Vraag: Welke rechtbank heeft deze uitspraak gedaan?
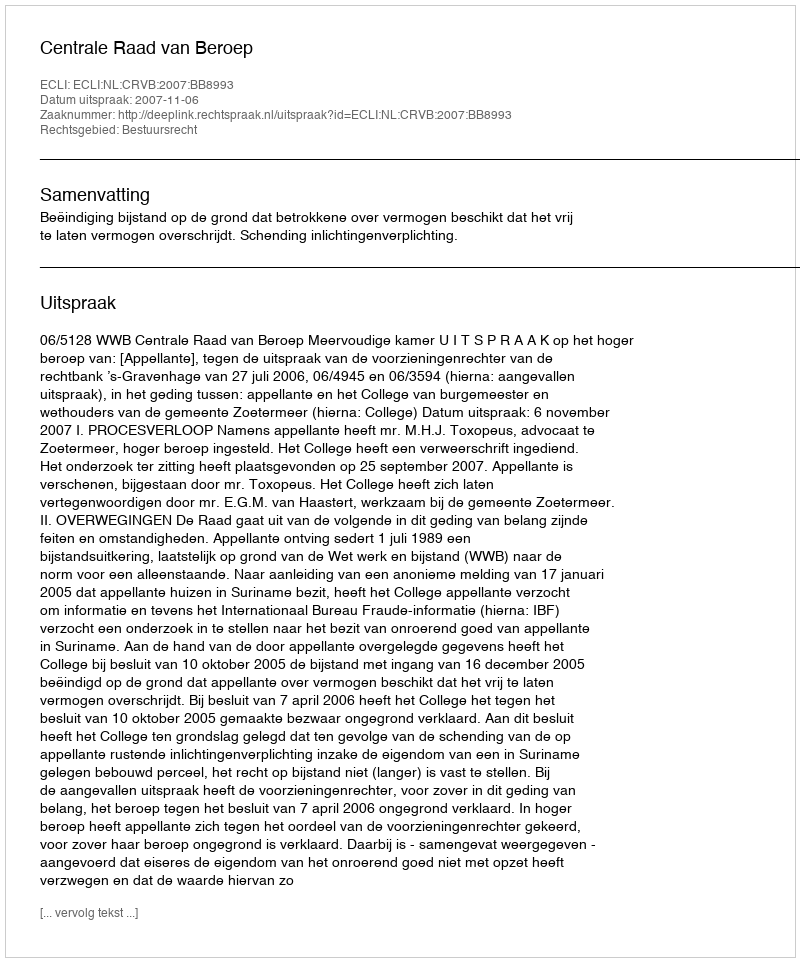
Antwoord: Centrale Raad van Beroep